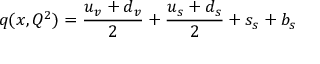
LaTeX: q ( x , Q ^ { 2 } ) = \frac { u _ { v } + d _ { v } } { 2 } + \frac { u _ { s } + d _ { s } } { 2 } + s _ { s } + b _ { s }